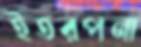
ইতরপনা